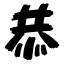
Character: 恭